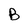
Character: B